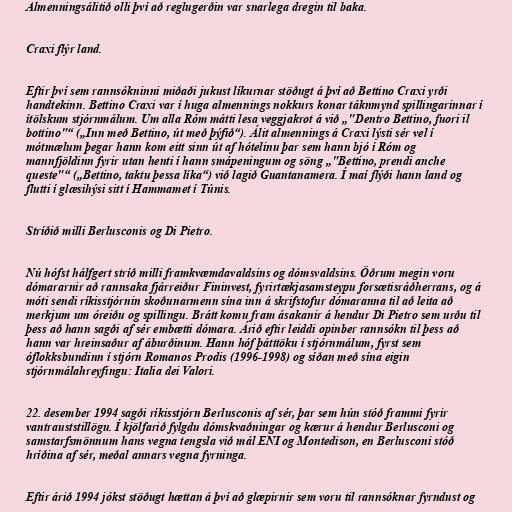
Almenningsálitið olli því að reglugerðin var snarlega dregin til baka.

Craxi flýr land.

Eftir því sem rannsókninni miðaði jukust líkurnar stöðugt á því að Bettino Craxi yrði
handtekinn. Bettino Craxi var í huga almennings nokkurs konar táknmynd spillingarinnar í
ítölskum stjórnmálum. Um alla Róm mátti lesa veggjakrot á við „"Dentro Bettino, fuori il
bottino"“ („Inn með Bettino, út með þýfið“). Álit almennings á Craxi lýsti sér vel í
mótmælum þegar hann kom eitt sinn út af hótelinu þar sem hann bjó í Róm og
mannfjöldinn fyrir utan henti í hann smápeningum og söng „"Bettino, prendi anche
queste"“ („Bettino, taktu þessa líka“) við lagið Guantanamera. Í maí flýði hann land og
flutti í glæsihýsi sitt í Hammamet í Túnis.

Stríðið milli Berlusconis og Di Pietro.

Nú hófst hálfgert stríð milli framkvæmdavaldsins og dómsvaldsins. Öðrum megin voru
dómararnir að rannsaka fjárreiður Fininvest, fyrirtækjasamsteypu forsætisráðherrans, og á
móti sendi ríkisstjórnin skoðunarmenn sína inn á skrifstofur dómaranna til að leita að
merkjum um óreiðu og spillingu. Brátt komu fram ásakanir á hendur Di Pietro sem urðu til
þess að hann sagði af sér embætti dómara. Árið eftir leiddi opinber rannsókn til þess að
hann var hreinsaður af áburðinum. Hann hóf þátttöku í stjórnmálum, fyrst sem
óflokksbundinn í stjórn Romanos Prodis (1996-1998) og síðan með sína eigin
stjórnmálahreyfingu: Italia dei Valori.

22. desember 1994 sagði ríkisstjórn Berlusconis af sér, þar sem hún stóð frammi fyrir
vantrauststillögu. Í kjölfarið fylgdu dómskvaðningar og kærur á hendur Berlusconi og
samstarfsmönnum hans vegna tengsla við mál ENI og Montedison, en Berlusconi stóð
hríðina af sér, meðal annars vegna fyrninga.

Eftir árið 1994 jókst stöðugt hættan á því að glæpirnir sem voru til rannsóknar fyrndust og